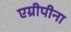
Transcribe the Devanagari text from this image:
एग्रीपीना